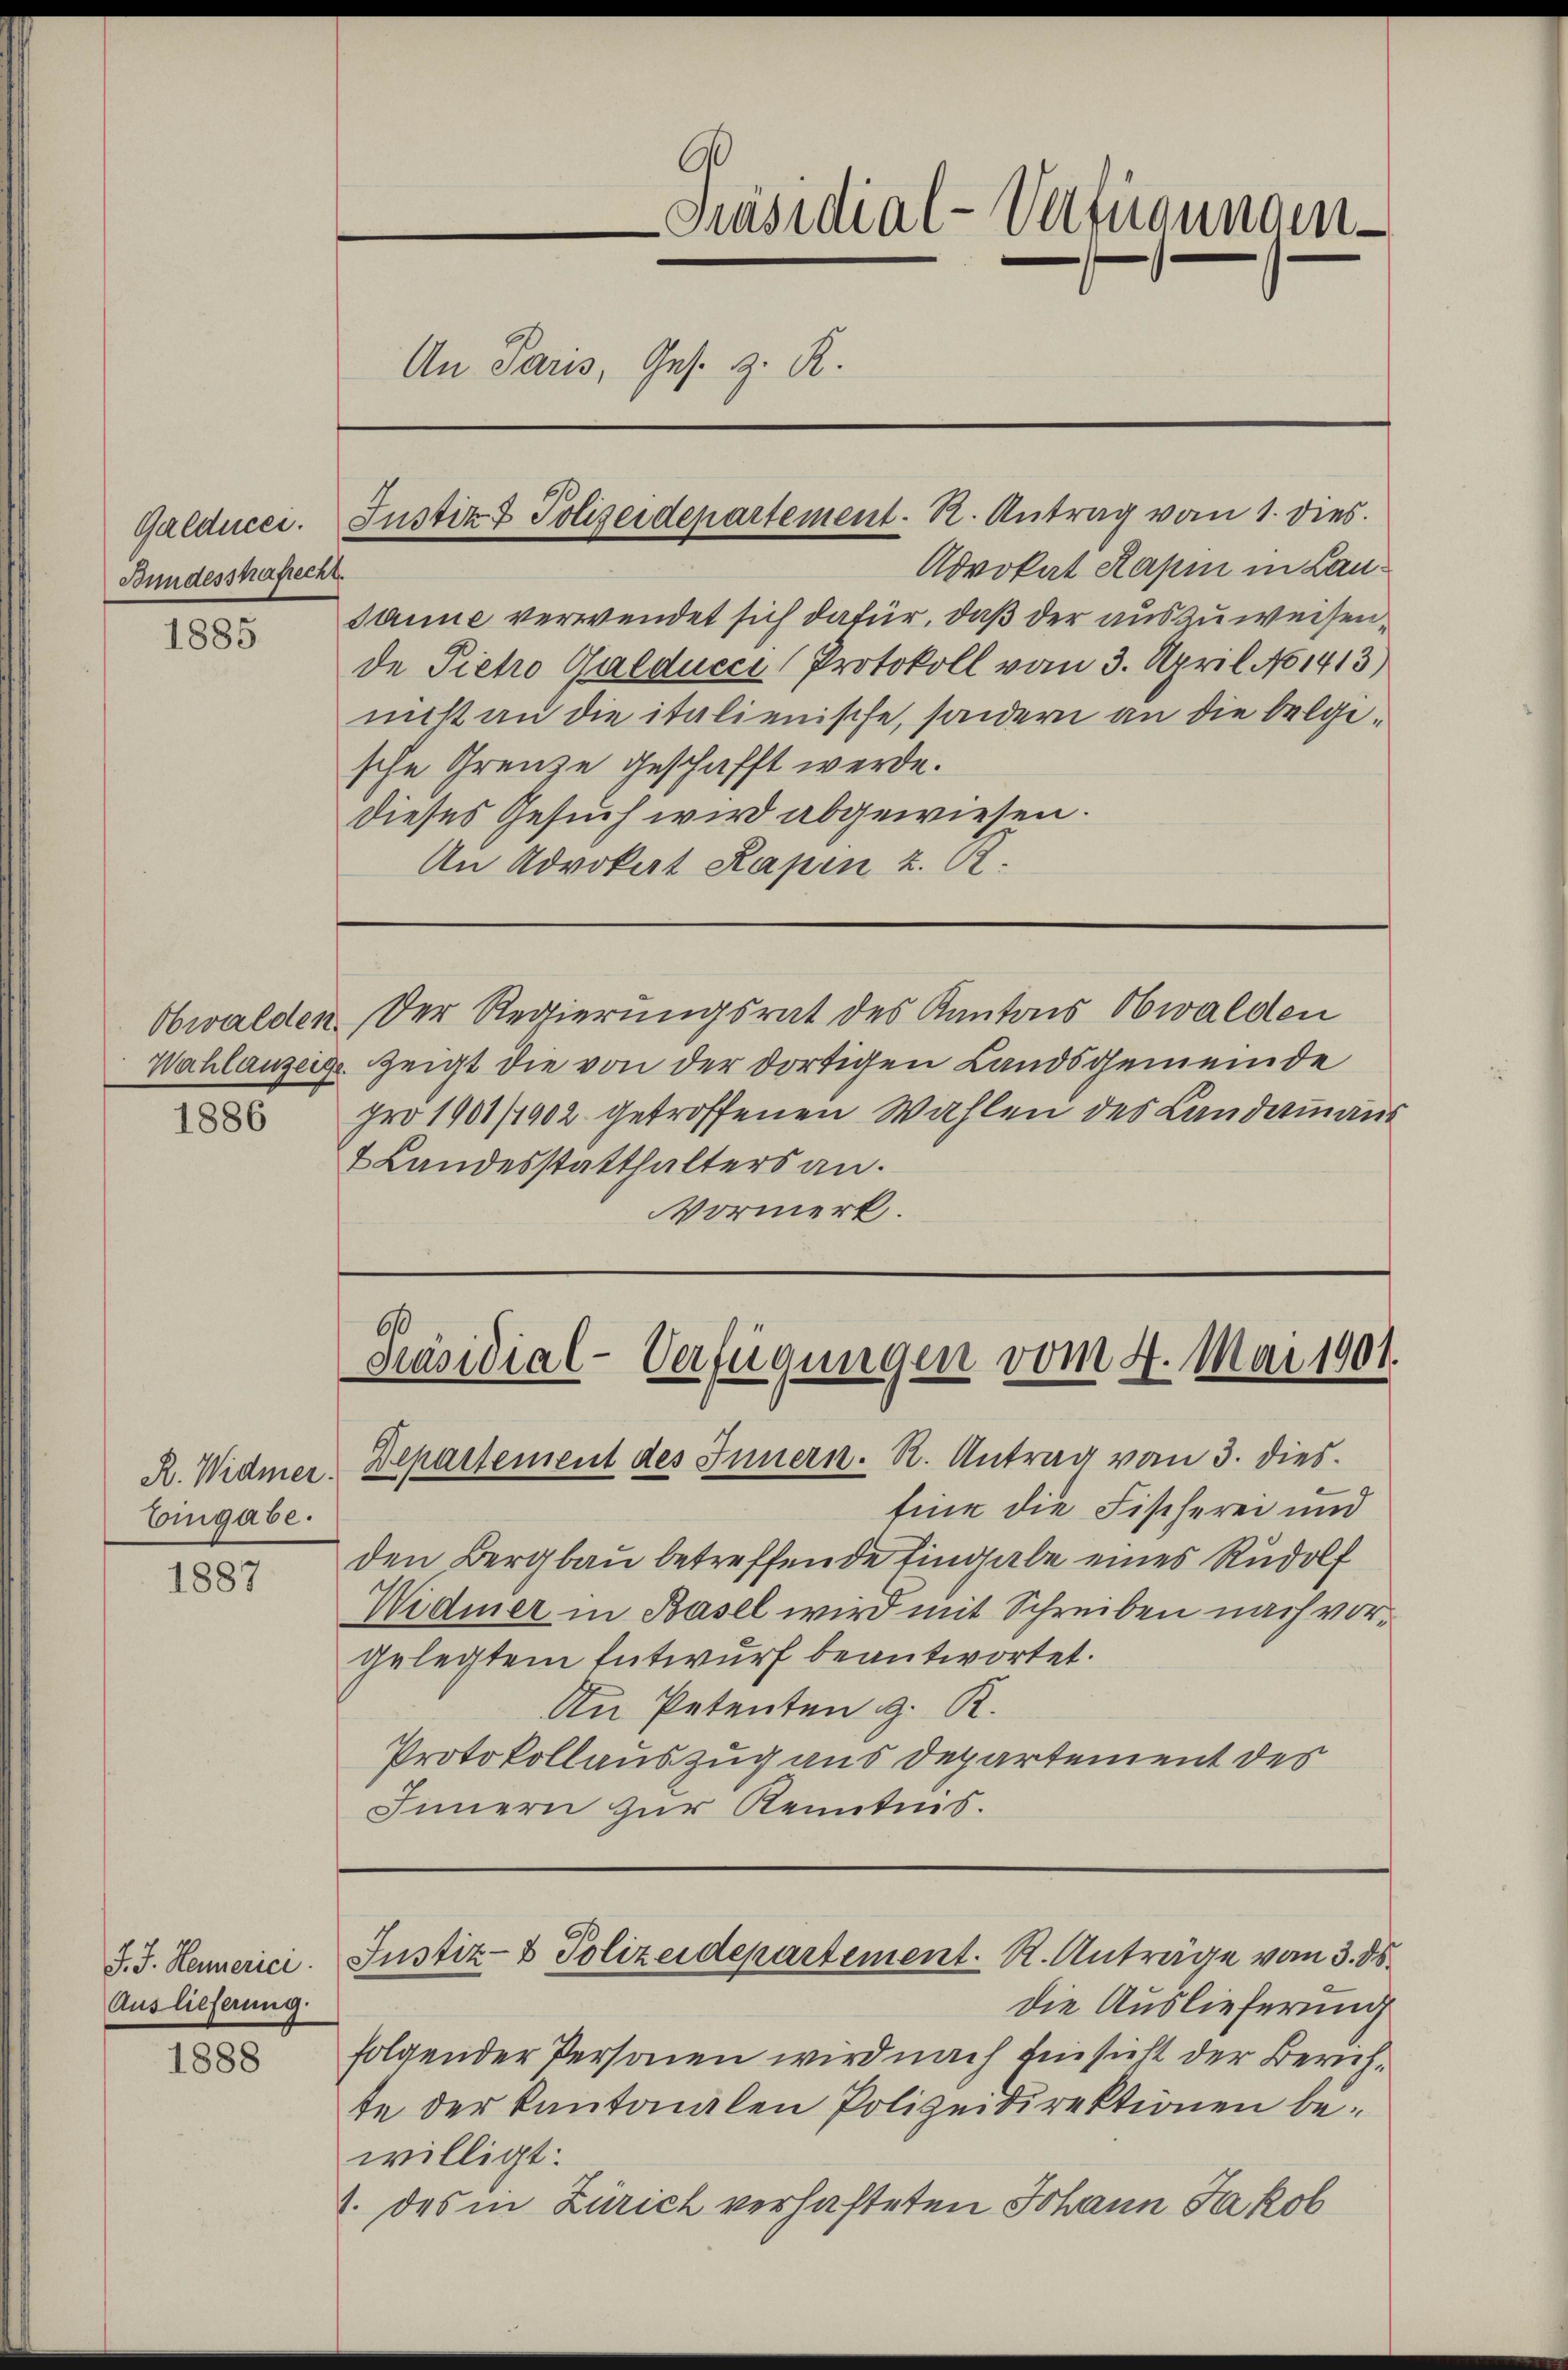
Bundesshafrecht.

1885

1886

Eingabe.

1887

J. J. Hennerici
Auslieferung.

1888

60
Präsidial-Verfügungen
An Paris, Ges. z. R.

Advokat Kapi in Lausanne verwendet sich dafür, daß der auszuweisende Tieho Galdueci Protokoll vom 3. April 1413)
nicht an die italienische, sondern an die belgische Grenze geschafft werde.
dieses Gesuch wird abgewiesen.
An Advokat Kapin z. R.
Obwalden. Der Regierungsrat des Kantons Obwalden
Wahlanzeige Zeigt die von der dortigen Landsgemeinde
pro 1901/1902 getroffenen Wahlen des Landammanns
2 Landesstatthalters an.
Vormerk.

Galducer. Justiz & Polizeidepartement. R. Antrag vom 1. dies

Präsidial-Verfügungen vom 4. Mai 1901.

Eine die Fischerei und
den Bergbau betreffende Eingabe eines Rudolf
Widmer in Basel wird mit Schreiben nach vorgelegtem Entwurf beantwortet.
An Petenten z. R.
Protokollauszug aus Departement des
Innern zur Kenntnis.

R. Widmer. Departement des Innern. R. Antrag vom 3. dies

Justiz- & Polizeidepartement. R. Anträge vom 3. ds.

die Auslieferung
folgender Personen wird nach Einsicht der Zürichte der Kantonalen Polizeidirektionen bewilligt:
1. des in Zürich verhafteten Johann Jakob